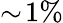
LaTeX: \sim\! 1\%